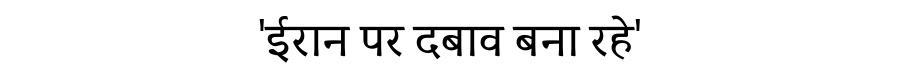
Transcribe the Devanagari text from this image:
'ईरान पर दबाव बना रहे'